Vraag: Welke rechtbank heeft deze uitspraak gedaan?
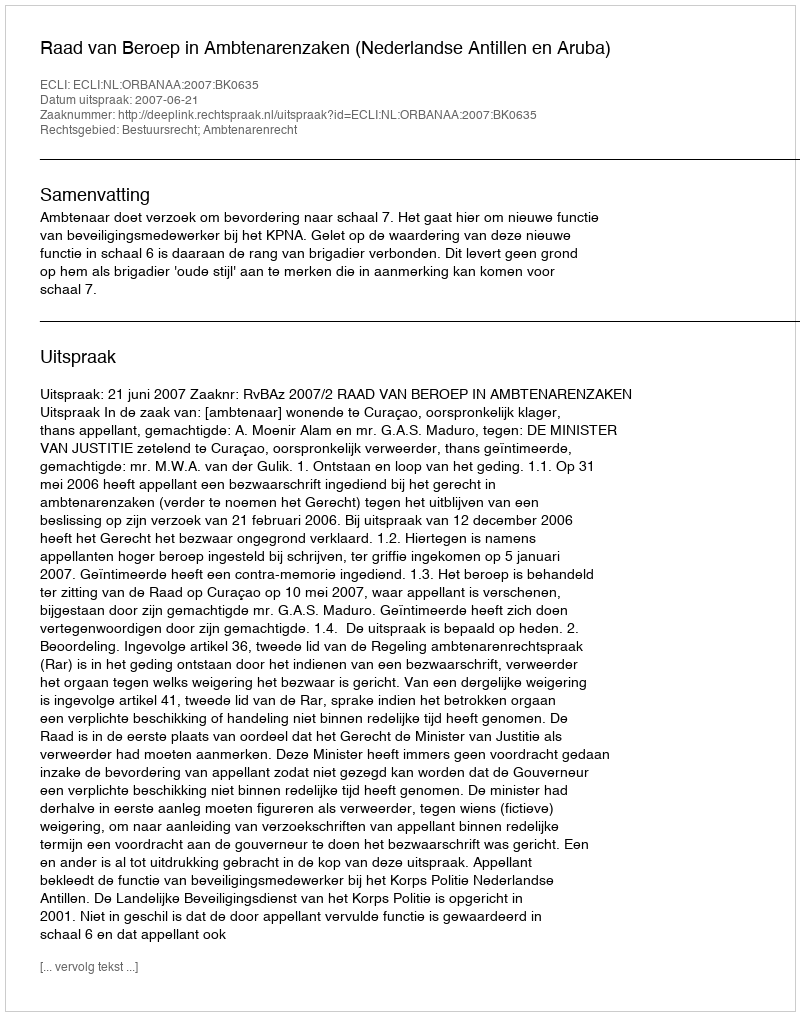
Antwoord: Raad van Beroep in Ambtenarenzaken (Nederlandse Antillen en Aruba)